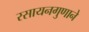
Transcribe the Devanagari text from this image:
रसायनगुणाने